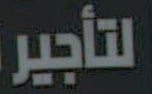
التأجير